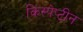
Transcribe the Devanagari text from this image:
किस्पेप्टीन